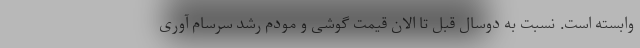
وابسته است. نسبت به دوسال قبل تا الان قیمت گوشی و مودم رشد سرسام آوری